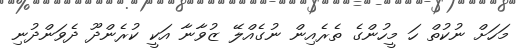
މަހަށް ނުކުތް ހަ މީހުންގެ ތެރެއިން ނުގެއްލޭ ޒުވާނާ އަކީ ކުރެންދޫ ދެވަންދުނި